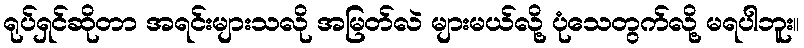
ရုပ်ရှင်ဆိုတာ အရင်းများသလို အမြတ်လဲ များမယ်လို့ ပုံသေတွက်လို့ မရပါဘူး။